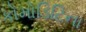
કોમોડિટિના